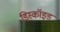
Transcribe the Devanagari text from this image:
डिस्कॉइड